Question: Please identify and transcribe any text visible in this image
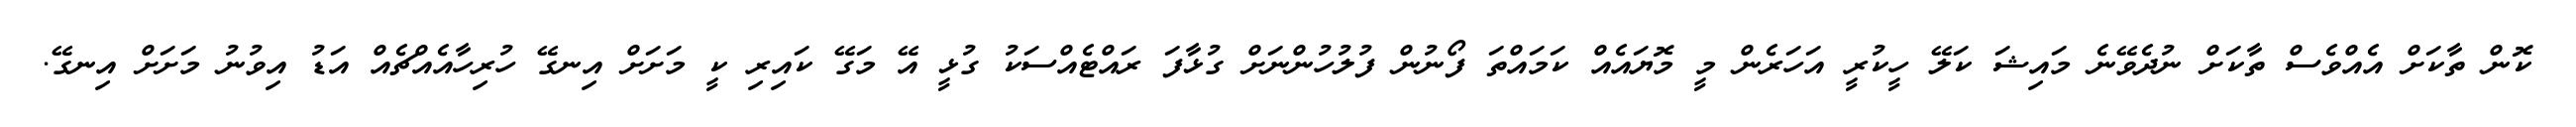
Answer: ކޮން ތާކަށް އެއްވެސް ތާކަށް ނުދެވޭނެ މައިޝަ ކަލޭ ހީކުރީ އަހަރެން މީ މޮޔައެއް ކަމައްތަ ފޯނުން ފުލުހުންނަށް ގުޅާފަ ރައްޓެއްސަކު ގުޅީ އޭ މަގޭ ކައިރި ކީ މަށަށް އިނގޭ ހުރިހާއެއްޗެއް އަޑު އިވުނު މަށަށް އިނގޭ.